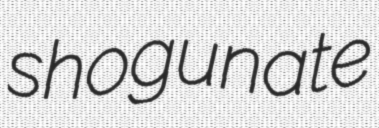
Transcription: shogunate